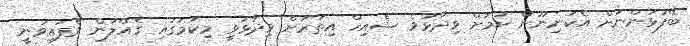
ބޭފުޅުންނަށް އެކަނިނޫން ކަމަށް ވިދާޅުވެ ޝެއިހް އިތުރަށް ވިދާޅުވީ މިކަމުގައި ގެއްލުން ވެފައިވަނީ